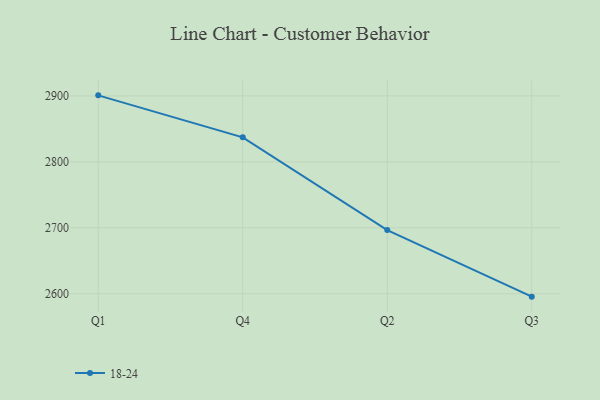
{"axis": {"x": "Quarter", "y": "Waste Production (Tons)"}, "legend": ["18-24"], "data": [{"x": "Q1", "y": 2900.8, "type": "18-24"}, {"x": "Q4", "y": 2837.2, "type": "18-24"}, {"x": "Q2", "y": 2696.5, "type": "18-24"}, {"x": "Q3", "y": 2595.6, "type": "18-24"}]}